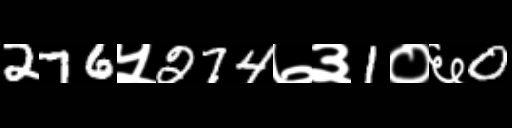
Text: 276५274७३1०६0